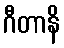
ဂီတာနိ